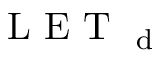
\mathrm { ~ L ~ E ~ T ~ } _ { \mathrm { ~ d ~ } }